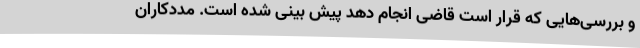
و بررسی‌هایی که قرار است قاضی انجام دهد پیش بینی شده است. مددکاران